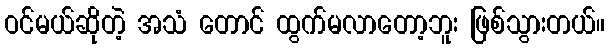
ဝင်မယ်ဆိုတဲ့ အသံ တောင် ထွက်မလာတော့ဘူး ဖြစ်သွားတယ်။